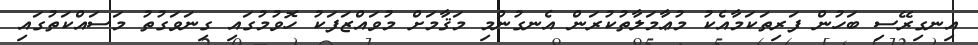
އިނގިރޭސި ބަހުން ފަރިތަކަމާއެކު މުޢާމަލާތުކުރަން އެނގުންމި މަޤާމަށް މުވައްޒަފަކު ހޮވުމުގައި ގިނަވަގުތު މަސައްކަތުގައި